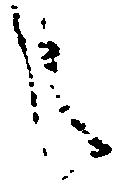
之